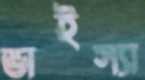
ভাইস্যা